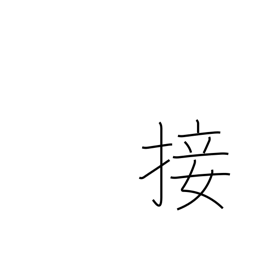
Meaning: contact